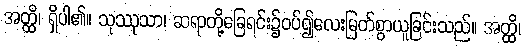
အတ္ထိ၊ ရှိပါ၏။ သုဿုသာ၊ ဆရာတို့ခြေရင်း၌ဝပ်၍လေးမြတ်စွာယူခြင်းသည်။ အတ္ထိ၊